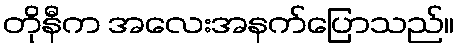
တိုနီက အလေးအနက်ပြောသည်။